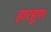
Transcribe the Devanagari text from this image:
हारहूण